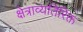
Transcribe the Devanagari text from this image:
क्षेत्राव्यतिरिक्त